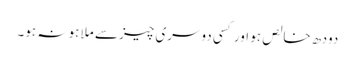
دودھ خالص ہو اور کسی دوسری چیز سے ملا ہو نہ ہو۔